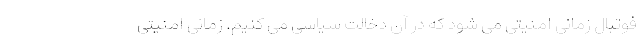
فوتبال زمانی امنیتی می شود که در آن دخالت سیاسی می کنیم. زمانی امنیتی